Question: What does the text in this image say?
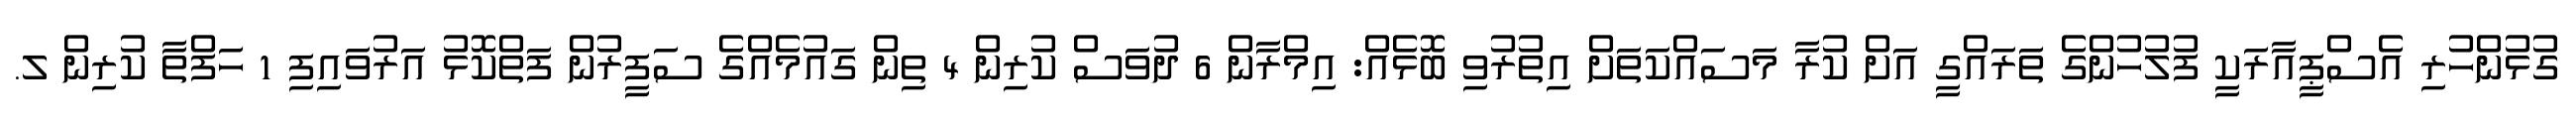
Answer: ގުޅުންހުރި އެސްޕީއާރަކީ ފުލުހުންގެ ތަރައްގީ އަށް ކުރާ މަސައްކަތަށް އިތުރުވި ބޮޅެއް: އިމްރާން 6 ދުވަސް ކުރިން 4 ތިން ގައުމެއްގެ ސަފީރުން ފަތްކޮޅު އަރުވައިފި 1 ހަފްތާ ކުރިން ލ.